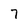
Character: 7